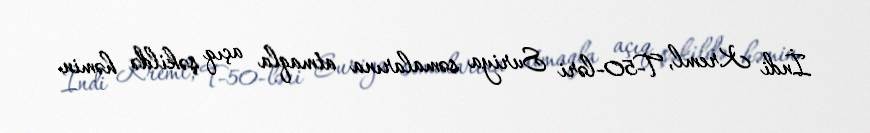
İndi Kreml, T-50-ləri Suriya səmalarına atmaqla açıq şəkildə həmin